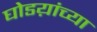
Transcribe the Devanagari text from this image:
घोडय़ांच्या